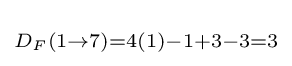
\scriptstyle D_{F}(1\rightarrow 7)=4(1)-1+3-3=3